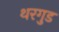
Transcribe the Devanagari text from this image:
थरगुड